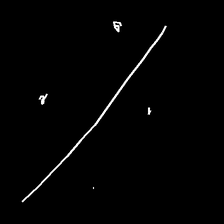
Glyph: cool